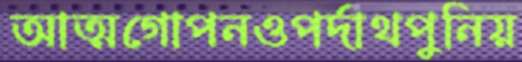
আত্মগোপনওপর্দাথপুনিয়